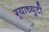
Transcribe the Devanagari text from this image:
ग्र्याच्युटी